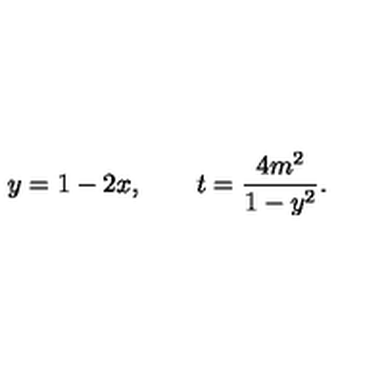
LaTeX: y = 1 - 2 x , \qquad t = \frac { 4 m ^ { 2 } } { 1 - y ^ { 2 } } .